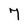
Character: 7